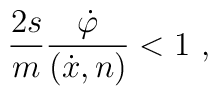
\frac{2s}{m}\frac{\dot{\varphi}}{(\dot{x},n)}<1\ ,